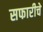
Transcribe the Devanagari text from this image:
सफारीचे